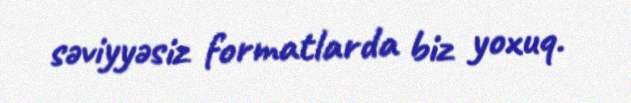
səviyyəsiz formatlarda biz yoxuq.